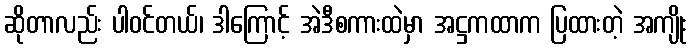
ဆိုတာလည်း ပါဝင်တယ်၊ ဒါကြောင့် အဲဒီစကားထဲမှာ အဋ္ဌကထာက ပြထားတဲ့ အကျိုး